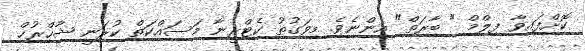
ކޮށްފައިވާ ފިލްމް " ބާރަތް" އިންނެވެ. މިވަގުތު ކެޓްރީނާ މަސައްކަތް ކުރަނީ ޝާހްރުޚް